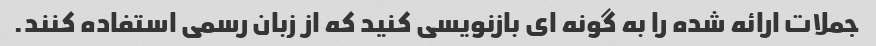
جملات ارائه شده را به گونه ای بازنویسی کنید که از زبان رسمی استفاده کنند.